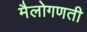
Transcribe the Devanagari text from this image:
मैलोगणती